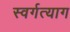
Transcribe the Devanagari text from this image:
स्वर्गत्याग